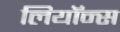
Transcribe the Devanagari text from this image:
लियॉन्स